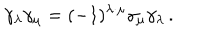
\gamma _ { \lambda } \gamma _ { \mu } = ( - 1 ) ^ { \lambda \cdot \mu } \gamma _ { \mu } \gamma _ { \lambda } \, .